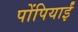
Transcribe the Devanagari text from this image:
पोंपियाईं